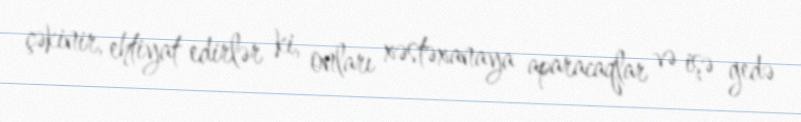
çəkinir, ehtiyat edirlər ki, onları xəstəxanaya aparacaqlar və işə gedə